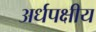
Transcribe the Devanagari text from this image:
अर्धपक्षीय